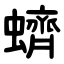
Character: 蠐